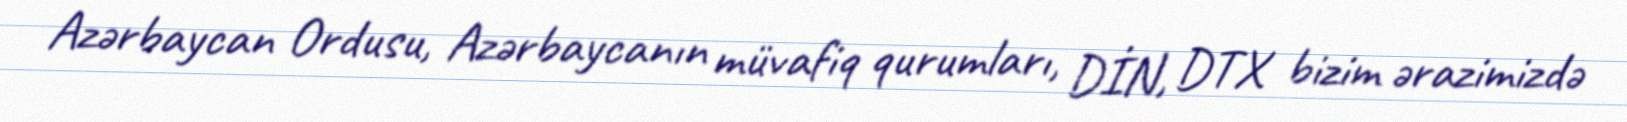
Azərbaycan Ordusu, Azərbaycanın müvafiq qurumları, DİN, DTX bizim ərazimizdə